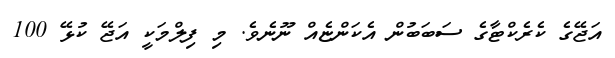
އަޖޭގެ ކެރެކްޓާގެ ސަބަބުން އެކަންޏެއް ނޫނެވެ. މި ފިލްމަކީ އަޖޭ ކުޅޭ 100